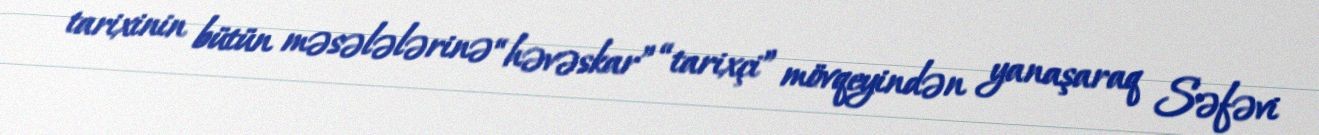
tarixinin bütün məsələlərinə “həvəskar” “tarixçi” mövqeyindən yanaşaraq Səfəvi